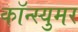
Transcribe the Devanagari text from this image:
कॉन्स्युमर